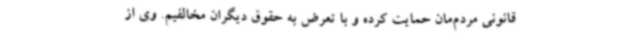
قانونی مردم‌مان حمایت کرده و با تعرض به حقوق دیگران مخالفیم. وی از